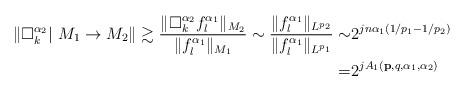
LaTeX: \begin{align*} \left\|\Box_k^{\alpha_2}|~M_1\rightarrow M_2\right\| \gtrsim \frac{\|\Box_k^{\alpha_2} f_l^{\alpha_1}\|_{M_2}}{\|f_l^{\alpha_1}\|_{M_1}} \sim\frac{\|f_l^{\alpha_1}\|_{L^{p_2}}}{\|f_l^{\alpha_1}\|_{L^{p_1}}} \sim&2^{jn\alpha_1(1/p_1-1/p_2)} \\=& 2^{jA_1(\mathbf{p},q,\alpha_1,\alpha_2)}\end{align*}